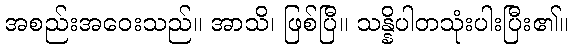
အစည်းအဝေးသည်။ အာသိ၊ ဖြစ်ပြီ။ သန္နိပါတသုံးပါးပြီး၏။